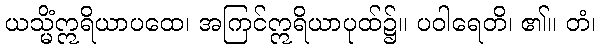
ယသ္မိံဣရိယာပထေ၊ အကြင်ဣရိယာပုထ်၌။ ပဝါရေတိ၊ ၏။ တံ၊